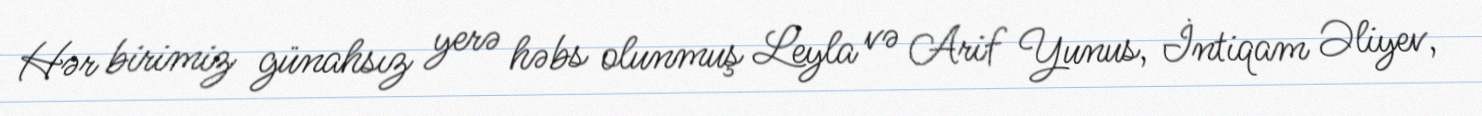
Hər birimiz günahsız yerə həbs olunmuş Leyla və Arif Yunus, İntiqam Əliyev,